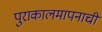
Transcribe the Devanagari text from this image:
पुराकालमापनाची